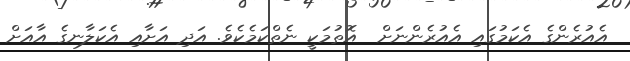
އެއުރެންގެ އެކަމުގައި އެއުރެންނަށް  އޮތުމަކީ ނެތްކަމެކެވެ. އަދި އަށާއި އެކަލާނގެ އާއަށް